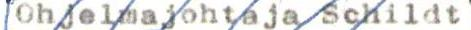
Ohjelmajohtaja Schildt